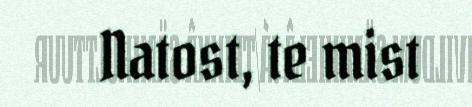
Natost, te mist